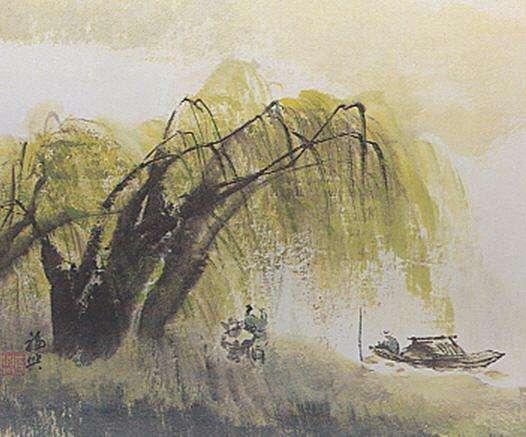
记得年时临上马，看人眼泪汪汪。